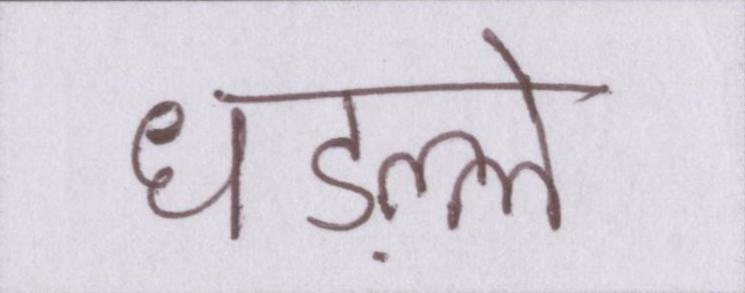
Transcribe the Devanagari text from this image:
धड़ल्ले